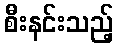
စီးနင်းသည့်